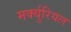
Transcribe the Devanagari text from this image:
मर्क्युरियल